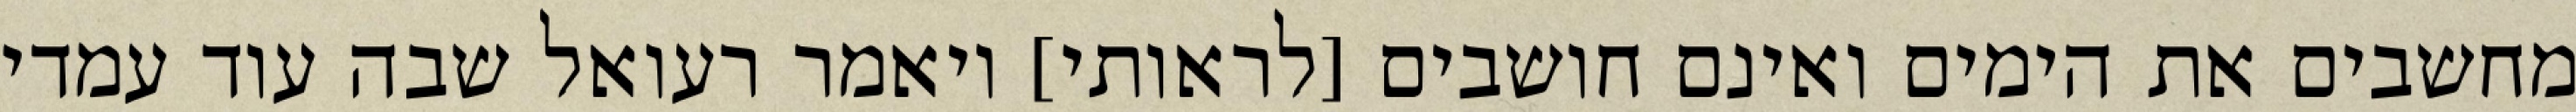
מחשבים את הימים ואינם חושבים [לראותי] ויאמר רעואל שבה עוד עמדי